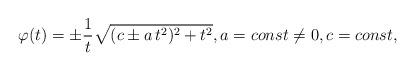
LaTeX: \begin{align*} \varphi(t) = \pm \frac{1}{t} \sqrt{(c \pm a\, t^2)^2 +t^2}, a =const \neq 0, c = const,\end{align*}